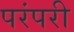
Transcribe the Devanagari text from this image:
परंपरी